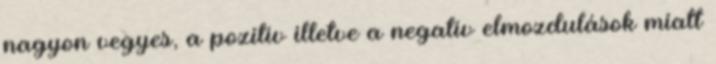
nagyon vegyes, a pozitív illetve a negatív elmozdulások miatt